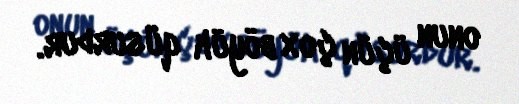
onun üçün çox böyük qüsurdur.